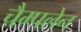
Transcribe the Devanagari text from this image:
चैम्पलेन